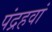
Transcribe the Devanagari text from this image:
पंद्रहवां